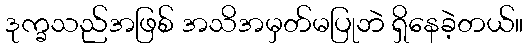
ဒုက္ခသည်အဖြစ် အသိအမှတ်မပြုဘဲ ရှိနေခဲ့တယ်။